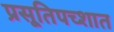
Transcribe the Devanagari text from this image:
प्रसूतिपच्शात